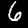
Digit: 6